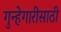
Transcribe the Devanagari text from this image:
गुन्हेगारीसाठी